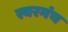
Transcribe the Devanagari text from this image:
स्वरमंच